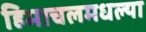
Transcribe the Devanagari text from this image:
हिमाचलमधल्या